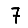
Digit: 7